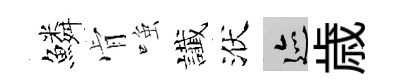
鱗肻𫪻䜟洑迹歳